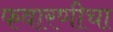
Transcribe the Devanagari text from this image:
फवारणीचा